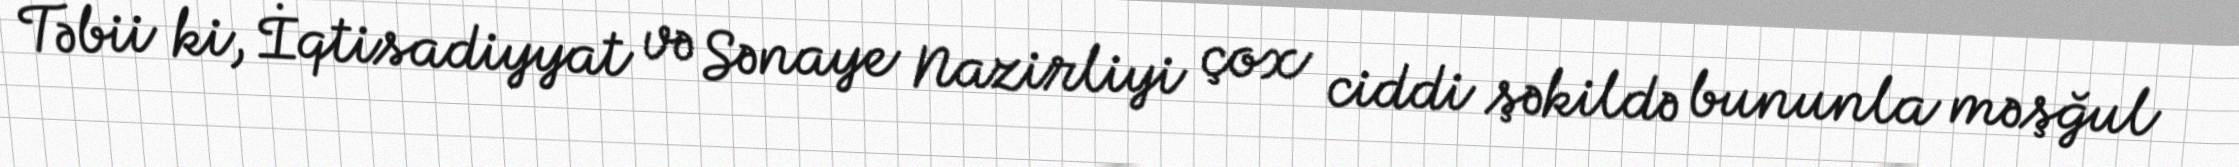
Təbii ki, İqtisadiyyat və Sənaye Nazirliyi çox ciddi şəkildə bununla məşğul